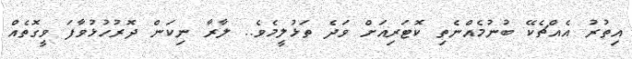
އިތުރު އެއްޗެކޭ ބުނުމެއްނެތި ކޮޓަރިއަށް ވަދެ ތަޅުލީމެވެ.. ލާރާ ނިކަން ދޮރުހުޅުވާފަ ވީގޮތެއް